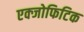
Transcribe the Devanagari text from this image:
एक्जोफिटिक